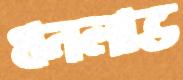
ধনলাভ